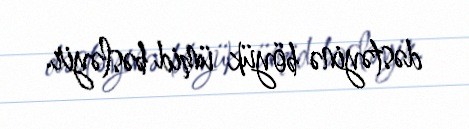
dəstəyinə böyük ümid bəsləyir.